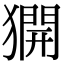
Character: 𤡲